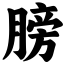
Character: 膀